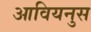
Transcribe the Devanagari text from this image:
आवियनुस